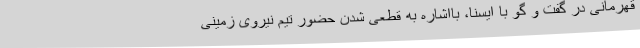
قهرمانی در گفت و گو با ایسنا، بااشاره به قطعی شدن حضور تیم نیروی زمینی